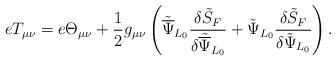
LaTeX: \begin{align*}eT_{\mu\nu} = e\Theta_{\mu\nu} + \frac{1}{2}g_{\mu\nu}\left({\tilde{\overline\Psi}}_{L_0}\frac{\delta{\tilde S}_F}{\delta{\tilde{\overline\Psi}}_{L_0}} + {\tilde\Psi}_{L_0}\frac{\delta{\tilde S}_F}{\delta{\tilde\Psi}_{L_0}}\right).\end{align*}